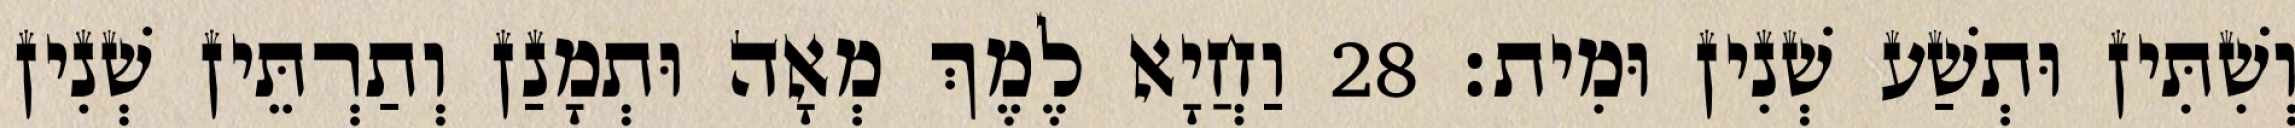
וְשִׁתִּין וּתְשַׁע שְׁנִין וּמִית׃ 28 וַחֲיָא לֶמֶךְ מְאָה וּתְמָנַן וְתַרְתֵּין שְׁנִין